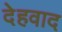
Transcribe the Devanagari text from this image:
देहवाद